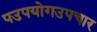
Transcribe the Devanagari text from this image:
पउपयोगउपचार